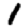
Digit: 1